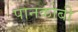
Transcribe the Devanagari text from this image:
पानकोबी